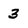
Character: 3